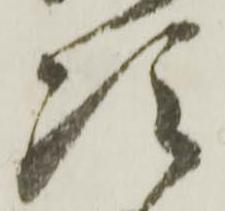
次